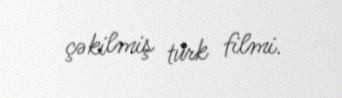
çəkilmiş türk filmi.